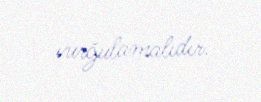
vurğulamalıdır.